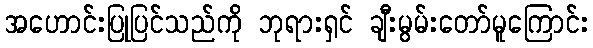
အဟောင်းပြုပြင်သည်ကို ဘုရားရှင် ချီးမွမ်းတော်မူကြောင်း